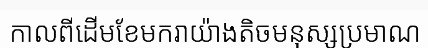
កាលពីដើមខែមករាយ៉ាងតិចមនុស្សប្រមាណ